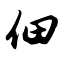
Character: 佃